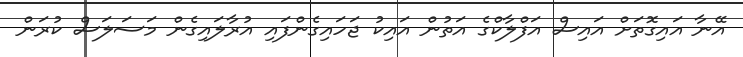
އޭނާ އައިގޮތަށް އައިސް އަފްލާކްގެ އަތުން އައިކު ޖަހައިގެންފައި އުރާލައިގެން މަސަލަސް ކުރަން